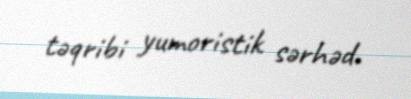
təqribi yumoristik sərhəd.